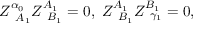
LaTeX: Z _ { \; \; A _ { 1 } } ^ { \alpha _ { 0 } } Z _ { \; \; B _ { 1 } } ^ { A _ { 1 } } = 0 , \; Z _ { \; \; B _ { 1 } } ^ { A _ { 1 } } Z _ { \; \; \gamma _ { 1 } } ^ { B _ { 1 } } = 0 ,